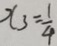
x _ { 3 } = \frac { 1 } { 4 }